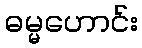
ဓမ္မဟောင်း